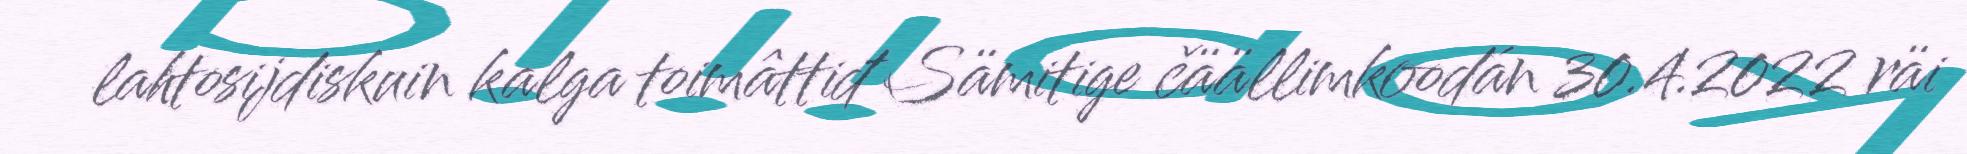
lahtosijdiskuin kalga toimâttiđ Sämitige čäällimkoodán 30.4.2022 räi